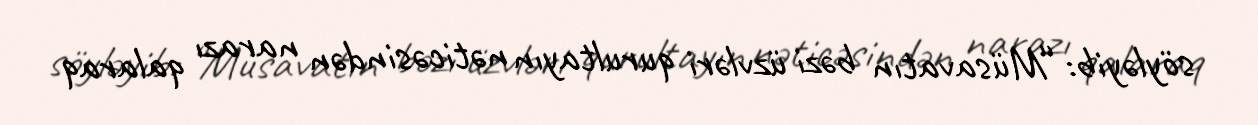
söyləyib: “Müsavatın bəzi üzvləri qurultayın nəticəsindən narazı qalaraq